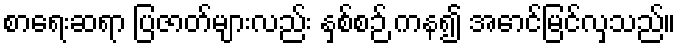
စာရေးဆရာ ပြဇာတ်များလည်း နှစ်စဉ် ကန၍ အောင်မြင်လှသည်။